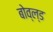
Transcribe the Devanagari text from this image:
बोव्ल्ड